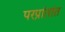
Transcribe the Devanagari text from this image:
परप्रांतांत